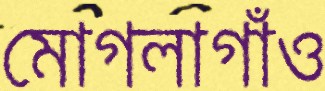
মোগলাগাঁও